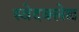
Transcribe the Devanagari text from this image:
स्वेदक्लेद्य